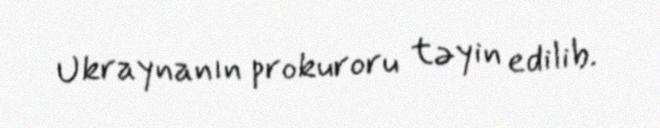
Ukraynanın prokuroru təyin edilib.